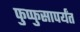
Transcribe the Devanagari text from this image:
फुप्फुसापर्यंत